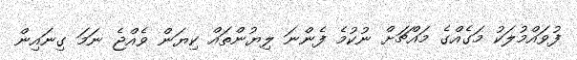
ފުވައްމުލަކު މަގެއްގެ މައްޗަށް ނުކުމެ ފެންނަ ލިޔުންތައް ކިޔަން ވެއްޖެ ނަމަ ގިނައިން